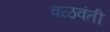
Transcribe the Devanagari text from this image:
वळवंती